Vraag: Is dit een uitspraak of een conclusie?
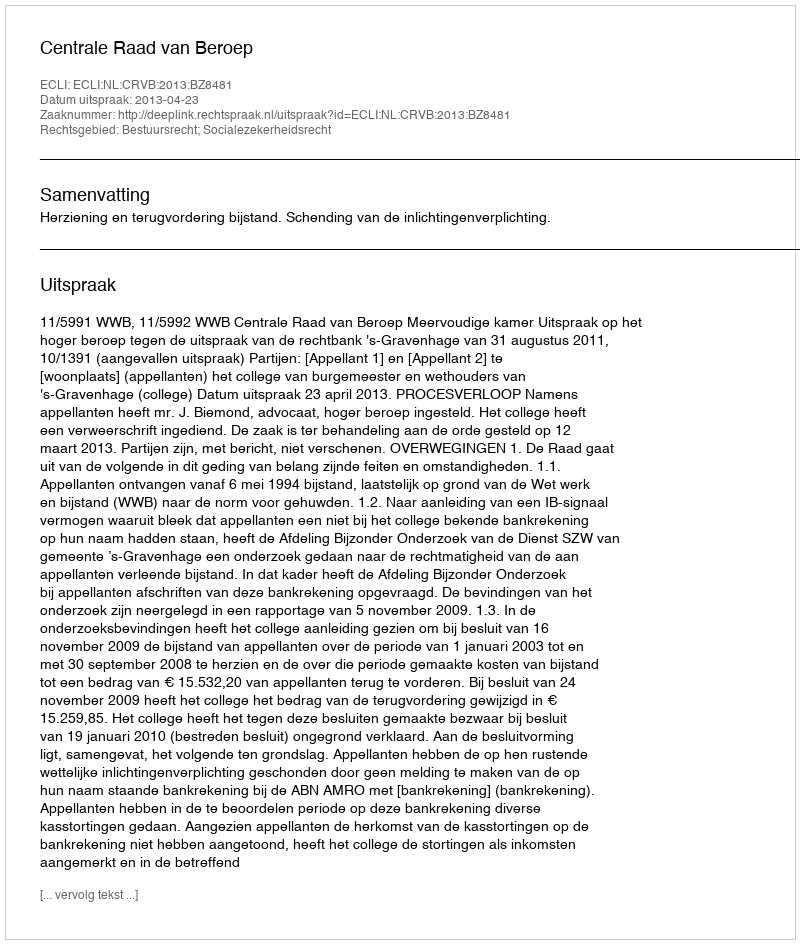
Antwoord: Uitspraak